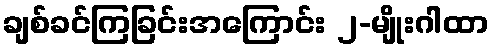
ချစ်ခင်ကြခြင်းအကြောင်း ၂-မျိုးဂါထာ